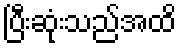
ပြီးဆုံးသည်အထိ